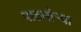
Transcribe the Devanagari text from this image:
पाठमोऱ्या